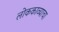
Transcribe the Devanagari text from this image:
लोककाव्याचा